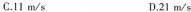
C.11m/s D.21m/s